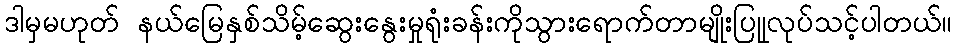
ဒါမှမဟုတ် နယ်မြေနှစ်သိမ့်ဆွေးနွေးမှုရုံးခန်းကိုသွားရောက်တာမျိုးပြုုလုပ်သင့်ပါတယ်။